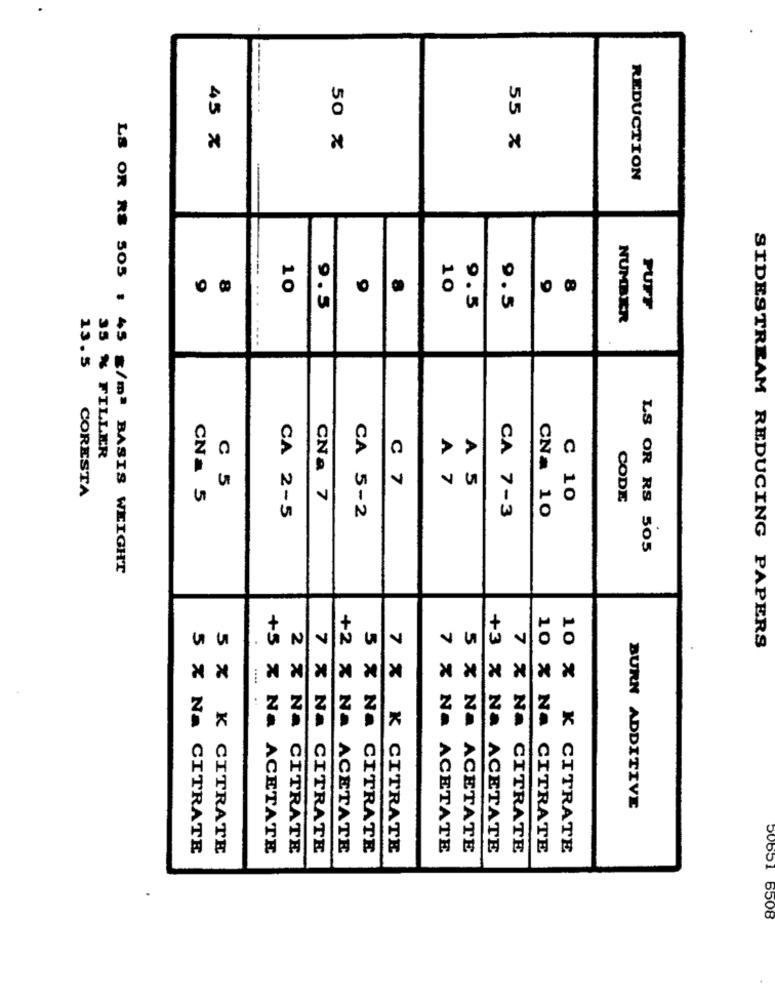
....
45 %
50 %
55 %
-
REDUCTION
8
10
8
10
8
9.5
9.5
9.5
PUFF
NUMBER
13.5
35 % FILLER
C 7
CORESTA
C 5
A 7
A 5
CNa 5
CNa 7
C 10
CODE
CA 7-3
CA 2-5
CA 5-2
CN= 10
LS OR RS 505
LS OR RS 505 : 45 g/mª BASIS WEIGHT
SIDESTREAM REDUCING PAPERS
10 %
BURN ADDITIVE
5 % Na CITRATE
5 % K CITRATE
+5 % Na ACETATE
2 × NA CITRATE
7 % Na CITRATE
+2 % Na ACETATE
5 % Na CITRATE
7 % K CITRATE
7 % Na ACETATE
5 % Na ACETATE
+3 % Na ACETATE
7 X Na CITRATE
10 % NA CITRATE
K CITRATE
50651 6508